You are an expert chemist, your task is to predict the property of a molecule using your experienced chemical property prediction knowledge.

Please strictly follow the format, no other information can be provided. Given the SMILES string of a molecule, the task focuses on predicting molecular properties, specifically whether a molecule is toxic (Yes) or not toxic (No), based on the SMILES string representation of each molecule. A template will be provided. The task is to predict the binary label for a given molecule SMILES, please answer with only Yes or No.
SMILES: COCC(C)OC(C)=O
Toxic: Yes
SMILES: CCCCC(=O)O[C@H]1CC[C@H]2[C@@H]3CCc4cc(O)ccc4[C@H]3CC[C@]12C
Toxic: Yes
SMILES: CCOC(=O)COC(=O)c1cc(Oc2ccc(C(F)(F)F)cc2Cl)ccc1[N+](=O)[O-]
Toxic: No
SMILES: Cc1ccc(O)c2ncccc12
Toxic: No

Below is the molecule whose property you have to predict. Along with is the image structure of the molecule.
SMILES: CC(C)(C)C1(CCc2ccc(Cl)cc2)CO1
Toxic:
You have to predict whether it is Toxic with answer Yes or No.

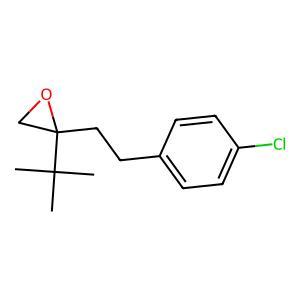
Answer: No